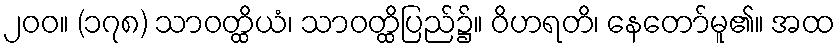
၂၀၀။ (၁၇၈) သာဝတ္ထိယံ၊ သာဝတ္ထိပြည်၌။ ဝိဟရတိ၊ နေတော်မူ၏။ အထ